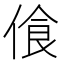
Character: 𠋡